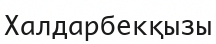
Халдарбекқызы